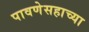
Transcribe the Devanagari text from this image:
पावणेसहाच्या